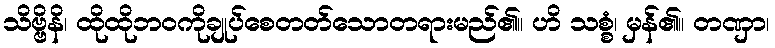
သိဗ္ဗိနိ၊ ထိုထိုဘဝကိုချုပ်စေတတ်သောတရားမည်၏။ ဟိ သစ္စံ၊ မှန်၏။ တဏှာ၊